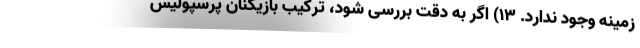
زمینه وجود ندارد. ۱۳) اگر به دقت بررسی شود، ترکیب بازیکنان پرسپولیس